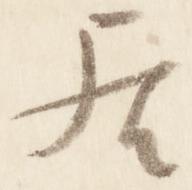
居